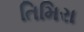
તિમિરા